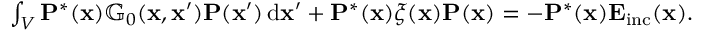
\begin{array} { r } { \int _ { V } \mathbf { P } ^ { * } ( \mathbf { x } ) \mathbb { G } _ { 0 } ( \mathbf { x } , \mathbf { x } ^ { \prime } ) \mathbf { P } ( \mathbf { x } ^ { \prime } ) \, \mathrm { d } \mathbf { x } ^ { \prime } + \mathbf { P } ^ { * } ( \mathbf { x } ) \xi ( \mathbf { x } ) \mathbf { P } ( \mathbf { x } ) = - \mathbf { P } ^ { * } ( \mathbf { x } ) \mathbf { E } _ { \mathrm { i n c } } ( \mathbf { x } ) . } \end{array}